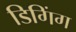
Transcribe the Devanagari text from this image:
डिगिंग